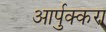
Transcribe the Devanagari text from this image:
आर्पुक्करा